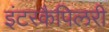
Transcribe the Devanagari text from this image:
इंटरकैपिलरी